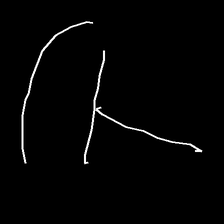
Glyph: dispersion